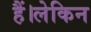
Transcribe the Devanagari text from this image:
हैं।लेकिन